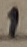
Text: 1